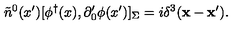
\tilde { n } ^ { 0 } ( x ^ { \prime } ) [ \phi ^ { \dagger } ( x ) , \partial _ { 0 } ^ { \prime } \phi ( x ^ { \prime } ) ] _ { \Sigma } = i \delta ^ { 3 } ( { \bf x } - { \bf x } ^ { \prime } ) .